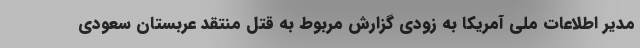
مدیر اطلاعات ملی آمریکا به زودی گزارش مربوط به قتل منتقد عربستان سعودی